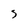
Character: 5